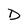
Character: D